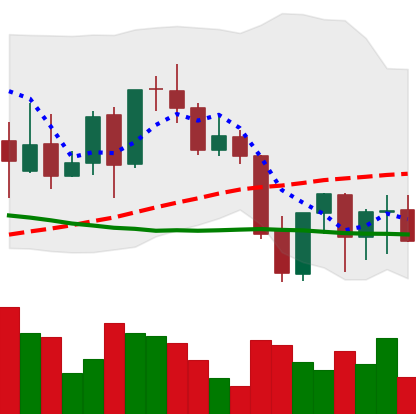
Ticker: LINK-USD
Chart end date: 2021-09-27
Forward return: 16.823%
Label: up_7plus